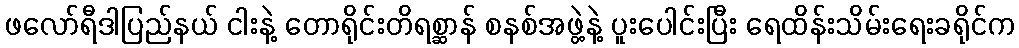
ဖလော်ရီဒါပြည်နယ် ငါးနဲ့ တောရိုင်းတိရစ္ဆာန် စနစ်အဖွဲ့နဲ့ ပူးပေါင်းပြီး ရေထိန်းသိမ်းရေးခရိုင်က